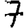
Digit: 7